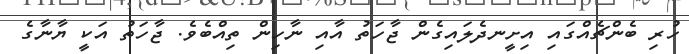
ހުރި ބެންޗެއްގައި އިށީނދެލައިގެން ޖާހަތު އާއި ނާހިން ތިއްބެވެ. ޖާހަތު އަކީ ޔާނާގެ